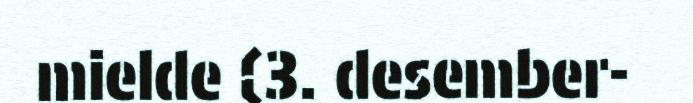
mielde (3. desember-